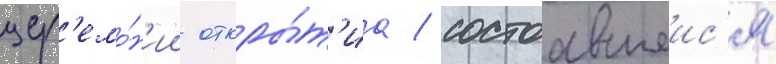
цер'емо́н'ии откры́т'иа / состоавшеис'я